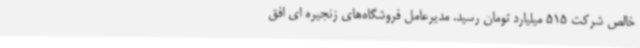
خالص شرکت 515 میلیارد تومان رسید. مدیرعامل فروشگاه‌های زنجیره ای افق